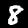
Label: 8